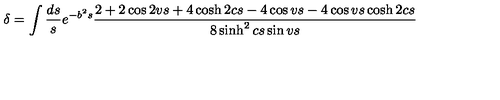
\delta = \int \frac { d s } { s } e ^ { - b ^ { 2 } s } \frac { 2 + 2 \cos 2 v s + 4 \cosh 2 c s - 4 \cos v s - 4 \cos v s \cosh 2 c s } { 8 \sinh ^ { 2 } c s \sin v s }